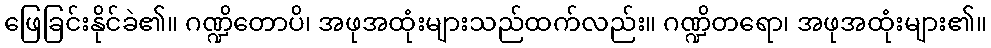
ဖြေခြင်းနိုင်ခဲ၏။ ဂဏ္ဍိတောပိ၊ အဖုအထုံးများသည်ထက်လည်း။ ဂဏ္ဍိတရော၊ အဖုအထုံးများ၏။